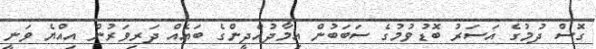
ގޮސް ދުމުގެ އަސަރު ބޮޑުވުމުގެ ސަބަބުން އިމާދުއްދީންގެ ބައެއް ދަރިވަރުން އިއްޔެ ވަނީ